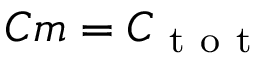
C m = C _ { \mathrm { ~ t ~ o ~ t ~ } }